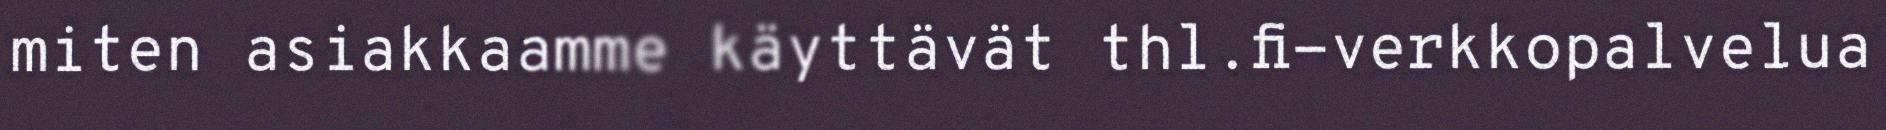
miten asiakkaamme käyttävät thl.fi-verkkopalvelua